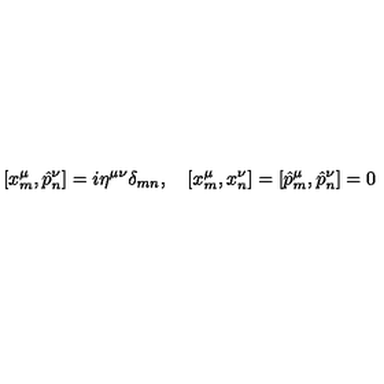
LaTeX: \left[ x _ { m } ^ { \mu } , \hat { p } _ { n } ^ { \nu } \right] = i \eta ^ { \mu \nu } \delta _ { m n } , \quad \left[ x _ { m } ^ { \mu } , x _ { n } ^ { \nu } \right] = \left[ \hat { p } _ { m } ^ { \mu } , \hat { p } _ { n } ^ { \nu } \right] = 0